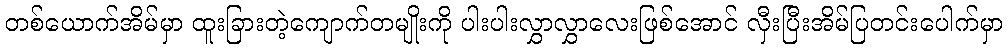
တစ်ယောက်အိမ်မှာ ထူးခြားတဲ့ကျောက်တမျိုးကို ပါးပါးလွှာလွှာလေးဖြစ်အောင် လှီးပြီးအိမ်ပြတင်းပေါက်မှာ